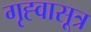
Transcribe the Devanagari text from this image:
गृह्वासूत्र